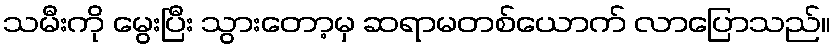
သမီးကို မွေးပြီး သွားတော့မှ ဆရာမတစ်ယောက် လာပြောသည်။